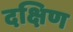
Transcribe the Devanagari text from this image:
दक्षिण